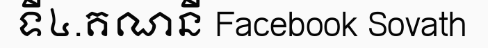
ទី៤.គណនី Facebook Sovath